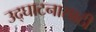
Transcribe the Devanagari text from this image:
उद्घाटनासाठी